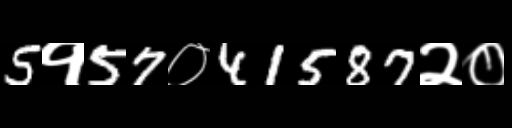
Text: 5१57०41587२०